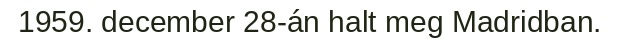
1959. december 28-án halt meg Madridban.